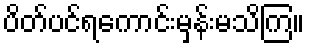
ပိတ်ပင်ရကောင်းမှန်းမသိကြ။